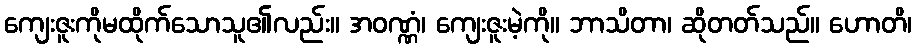
ကျေးဇူးကိုမထိုက်သောသူ၏လည်း။ အဝဏ္ဏံ၊ ကျေးဇူးမဲ့ကို။ ဘာသိတာ၊ ဆိုတတ်သည်။ ဟောတိ၊